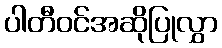
ပါတီဝင်အဆိုပြုလွှာ